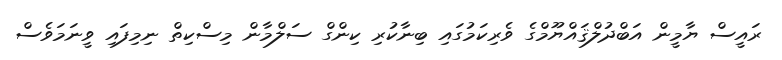
ރައީސް ޔާމީން އަބްދުލްޤައްޔޫމްގެ ވެރިކަމުގައި ބިނާކުރި ކިންގް ސަލްމާން މިސްކިތް ނިމިފައި ވީނަމަވެސް